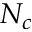
N _ { c }